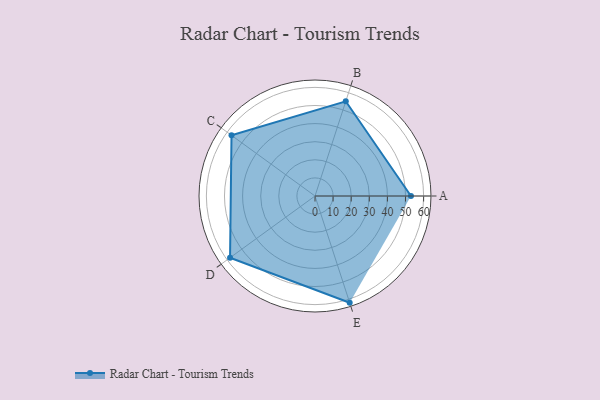
{"axis": {"x": "Skill", "y": "Score"}, "legend": ["Profile"], "data": [{"x": "A", "y": 53.0, "type": "Profile"}, {"x": "B", "y": 55.0, "type": "Profile"}, {"x": "C", "y": 57.0, "type": "Profile"}, {"x": "D", "y": 58.0, "type": "Profile"}, {"x": "E", "y": 62.0, "type": "Profile"}]}